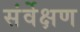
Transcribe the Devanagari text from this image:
संर्वेक्षण